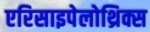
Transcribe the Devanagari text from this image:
एरिसाइपेलोथ्रिक्स